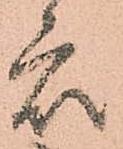
衆